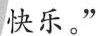
快乐。”